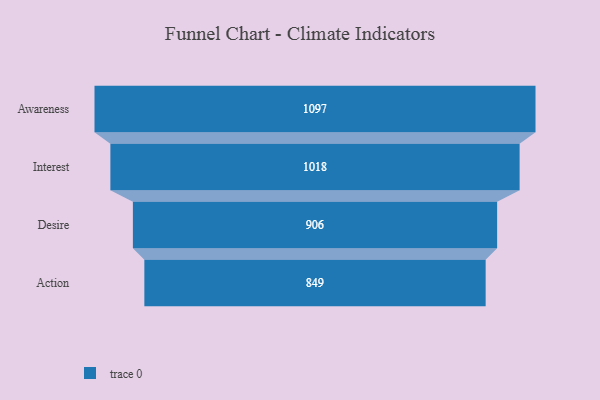
{"axis": {"x": "Stage", "y": "Value"}, "legend": [""], "data": [{"x": "Awareness", "y": 1097.0, "type": ""}, {"x": "Interest", "y": 1018.0, "type": ""}, {"x": "Desire", "y": 906.0, "type": ""}, {"x": "Action", "y": 849.0, "type": ""}]}